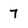
Character: 7